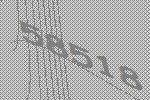
58518